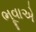
ભૂવાએ